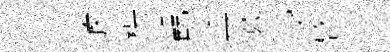
車滹枵観薫暮浸啓